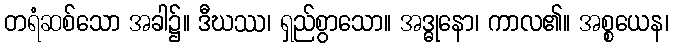
တရံဆစ်သော အခါ၌။ ဒီဃဿ၊ ရှည်စွာသော။ အဒ္ဓုနော၊ ကာလ၏။ အစ္စယေန၊